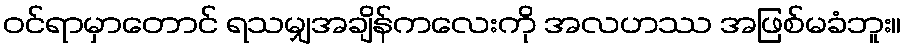
ဝင်ရာမှာတောင် ရသမျှအချိန်ကလေးကို အလဟဿ အဖြစ်မခံဘူး။